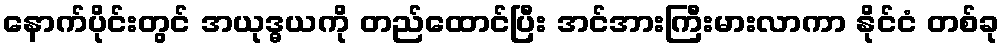
နောက်ပိုင်းတွင် အယုဒ္ဓယကို တည်ထောင်ပြီး အင်အားကြီးမားလာကာ နိုင်ငံ တစ်ခု